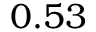
0 . 5 3